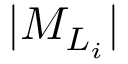
\vert M _ { L _ { i } } \vert